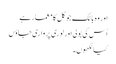
اور وہ بالک جو کل کا معمار ہے
اُس کی بولی اور لوری پر واری جاؤں
کیا لکھوں۔